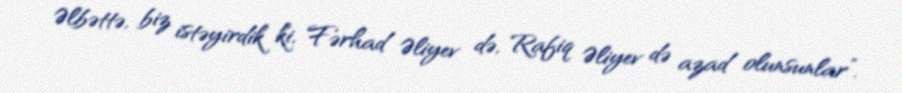
Əlbəttə, biz istəyirdik ki, Fərhad Əliyev də, Rafiq Əliyev də azad olunsunlar”.